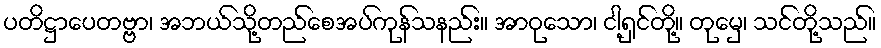
ပတိဋ္ဌာပေတဗ္ဗာ၊ အဘယ်သို့တည်စေအပ်ကုန်သနည်း။ အာဝုသော၊ ငါ့ရှင်တို့။ တုမှေ၊ သင်တို့သည်။